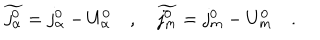
\widetilde { j _ { \alpha } ^ { 0 } } = j _ { \alpha } ^ { 0 } - U _ { \alpha } ^ { 0 } \quad , \quad \widetilde { j _ { m } ^ { 0 } } = j _ { m } ^ { 0 } - U _ { m } ^ { 0 } \quad .